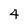
Character: 4